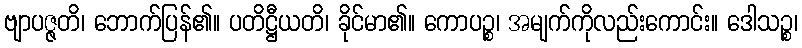
ဗျာပဇ္ဇတိ၊ ဘောက်ပြန်၏။ ပတိဋ္ဌီယတိ၊ ခိုင်မာ၏။ ကောပဉ္စ၊ အမျက်ကိုလည်းကောင်း။ ဒေါသဉ္စ၊